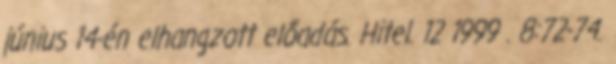
június 14-én elhangzott előadás. Hitel. 12 1999 . 8:72-74.